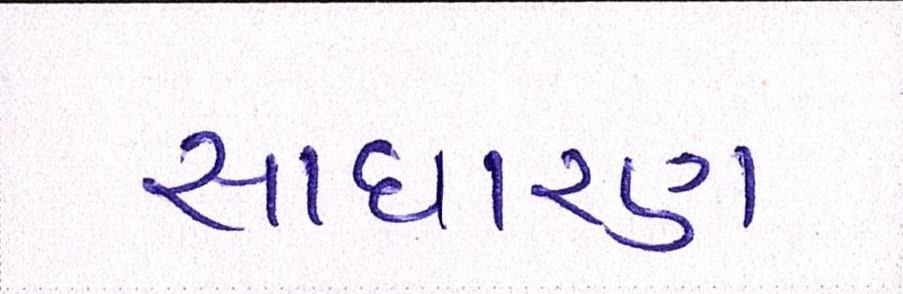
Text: સાઘારણ